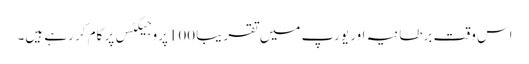
اس وقت برطانیہ اور یورپ میں تقریباً 100پروجیکٹس پر کام کر رہے ہیں۔